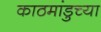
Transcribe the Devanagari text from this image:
काठमांडुच्या